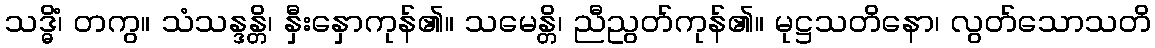
သဒ္ဓိံ၊ တကွ။ သံသန္ဒန္တိ၊ နှီးနှောကုန်၏။ သမေန္တိ၊ ညီညွတ်ကုန်၏။ မုဋ္ဌသတိနော၊ လွတ်သောသတိ